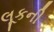
લૂકની